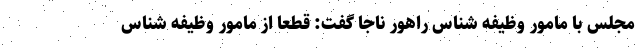
مجلس با مامور وظیفه شناس راهور ناجا گفت: قطعا از مامور وظیفه شناس